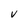
Character: v